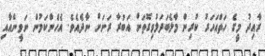
ރާއިދު މީގެ ހަތްއަހަރު ކުރިން މާލެބަދަލުވިގޮތަށް އަބުރާ ރަށަށް ނާދެއެވެ. އެހެންކަމުން ނަވީންއާއި